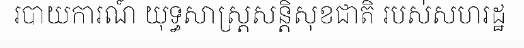
របាយការណ៍ យុទ្ធសាស្ត្រសន្តិសុខជាតិ របស់សហរដ្ឋ